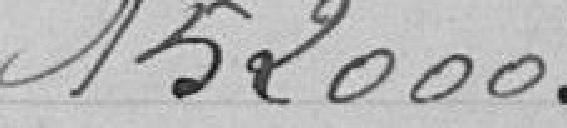
152000 .